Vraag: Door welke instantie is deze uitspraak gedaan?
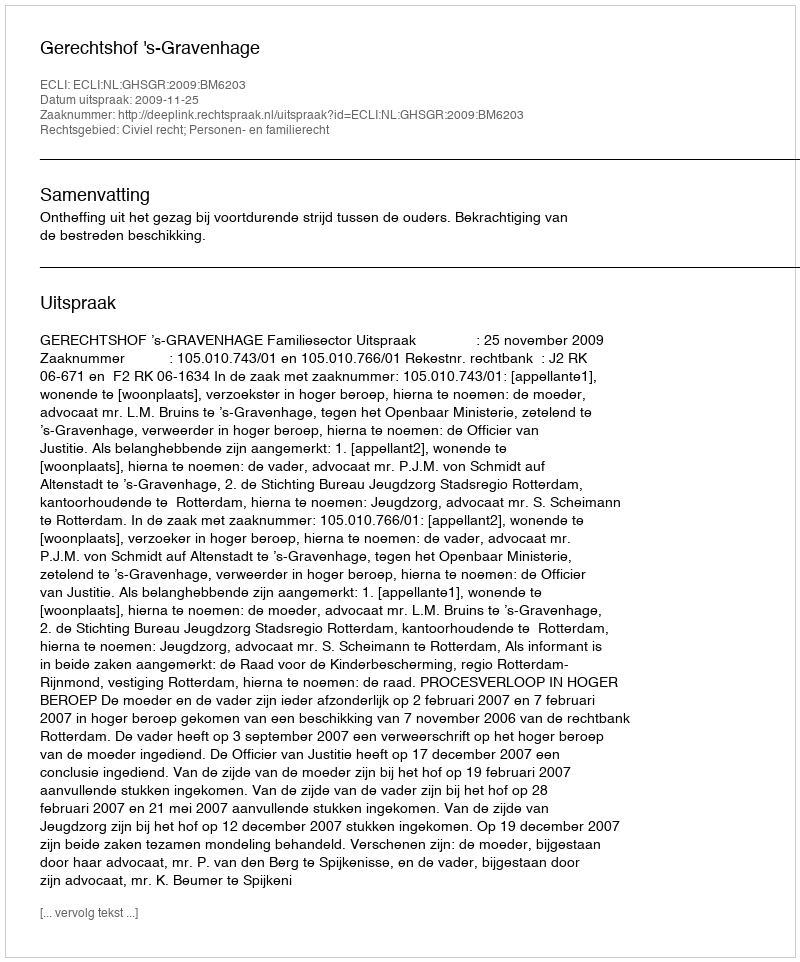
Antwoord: Gerechtshof 's-Gravenhage